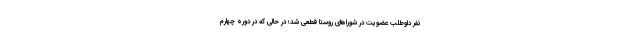
نفر داوطلب عضویت در شوراهای روستا قطعی شد؛ در حالی که در دوره چهارم